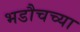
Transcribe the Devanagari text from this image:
भडौचच्या